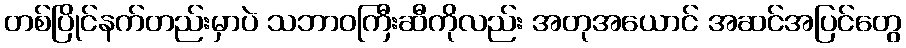
တစ်ပြိုင်နက်တည်းမှာပဲ သဘာဝကြီးဆီကိုလည်း အတုအယောင် အဆင်အပြင်တွေ